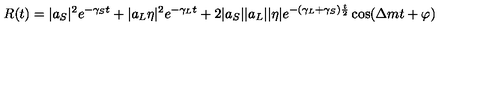
R ( t ) = | a _ { S } | ^ { 2 } e ^ { - \gamma _ { S } t } + | a _ { L } \eta | ^ { 2 } e ^ { - \gamma _ { L } t } + 2 | a _ { S } | | a _ { L } | | \eta | e ^ { - ( \gamma _ { L } + \gamma _ { S } ) { \frac { t } { 2 } } } \cos ( \Delta m t + \varphi )